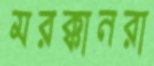
মরক্কানরা